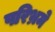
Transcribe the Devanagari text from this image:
परिभ्रमे